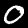
Digit: 0